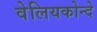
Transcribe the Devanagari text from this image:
वेलियकोन्दे